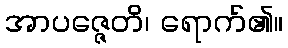
အာပဇ္ဇေတိ၊ ရောက်၏။